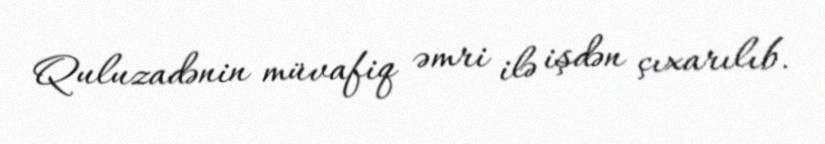
Quluzadənin müvafiq əmri ilə işdən çıxarılıb.